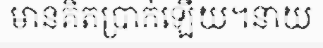
មានគិតប្រាក់ឡើយ។នាយ